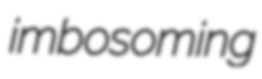
imbosoming